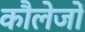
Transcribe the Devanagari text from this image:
कौलेजों